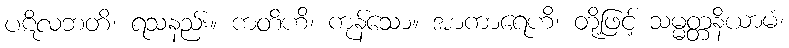
ပဋိလဘတိ၊ ရသနည်း။ ကတိဟိ၊ ကုန်သော။ အာကာရေဟိ၊ တို့ဖြင့် သမ္မတ္တနိယာမံ၊